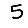
Digit: 5